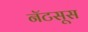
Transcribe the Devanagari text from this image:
नॅटसूस